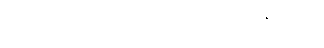
ပြားချပ်လွန်းလို့ အရည်တွေတောင် ဖြစ်နိုင်တယ်။